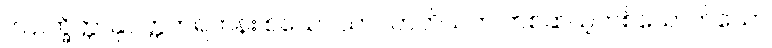
၆။ ဥက္ခိတ္တာနုဝတ္တကရဟန်း စသော ယာဝတတိယက တစ်ဆယ့်တစ်ယောက်သော